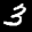
Label: 3